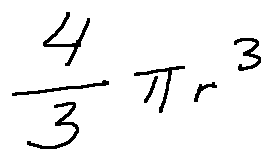
\frac { 4 } { 3 } \pi r ^ { 3 }